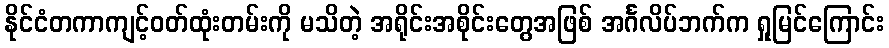
နိုင်ငံတကာကျင့်ဝတ်ထုံးတမ်းကို မသိတဲ့ အရိုင်းအစိုင်းတွေအဖြစ် အင်္ဂလိပ်ဘက်က ရှုမြင်ကြောင်း